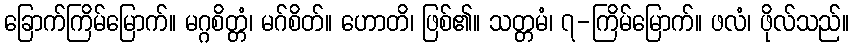
ခြောက်ကြိမ်မြောက်။ မဂ္ဂစိတ္တံ၊ မဂ်စိတ်။ ဟောတိ၊ ဖြစ်၏။ သတ္တမံ၊ ၇-ကြိမ်မြောက်။ ဖလံ၊ ဖိုလ်သည်။